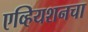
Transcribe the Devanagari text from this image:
एव्हियशनचा